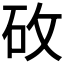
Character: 𬑿